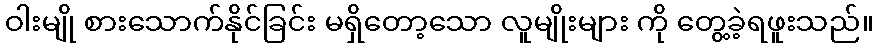
ဝါးမျို စားသောက်နိုင်ခြင်း မရှိတော့သော လူမျိုးများ ကို တွေ့ခဲ့ရဖူးသည်။